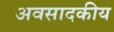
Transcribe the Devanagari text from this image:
अवसादकीय